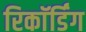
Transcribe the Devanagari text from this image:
रिकाॅर्डिंग